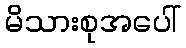
မိသားစုအပေါ်